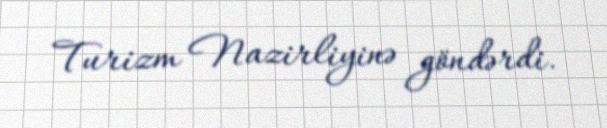
Turizm Nazirliyinə göndərdi.